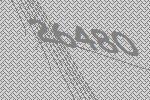
26480